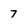
Character: 7